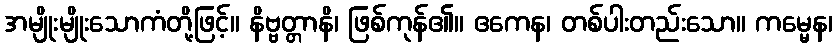
အမျိုးမျိုးသောကံတို့ဖြင့်။ နိဗ္ဗတ္တာနိ၊ ဖြစ်ကုန်၏။ ဧကေန၊ တစ်ပါးတည်းသော။ ကမ္မေန၊